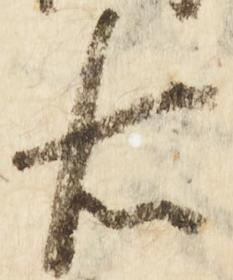
右